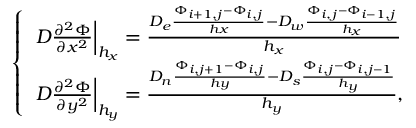
\left\{ \begin{array} { l } { \left. D \frac { \partial ^ { 2 } \Phi } { \partial x ^ { 2 } } \right| _ { h _ { x } } = \frac { D _ { e } \frac { \Phi _ { i + 1 , j } - \Phi _ { i , j } } { h x } - D _ { w } \frac { \Phi _ { i , j } - \Phi _ { i - 1 , j } } { h _ { x } } } { h _ { x } } } \\ { \left. D \frac { \partial ^ { 2 } \Phi } { \partial y ^ { 2 } } \right| _ { h _ { y } } = \frac { D _ { n } \frac { \Phi _ { i , j + 1 } - \Phi _ { i , j } } { h y } - D _ { s } \frac { \Phi _ { i , j } - \Phi _ { i , j - 1 } } { h _ { y } } } { h _ { y } } , } \end{array} \right.